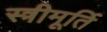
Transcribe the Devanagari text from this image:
स्त्रीमूर्ति